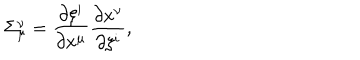
LaTeX: \Sigma _ { \mu } ^ { \nu } = { \frac { \partial \xi ^ { i } } { \partial x ^ { \mu } } } { \frac { \partial x ^ { \nu } } { \partial \xi ^ { i } } } ,